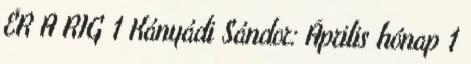
ÉR A RIG 1 Kányádi Sándor: Április hónap 1